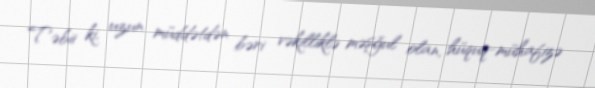
Təbii ki, uzun müddətdən bəri vəkilliklə məşğul olan, hüquq-mühafizə